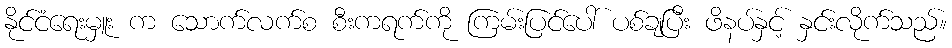
နိုင်ငံရေးမှူး က သောက်လက်စ စီးကရက်ကို ကြမ်းပြင်ပေါ် ပစ်ချပြီး ဖိနပ်နှင့် နှင်းလိုက်သည်။